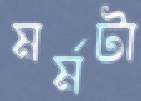
মর্মটা